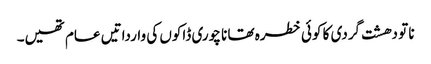
نا تو دھشت گردی کا کوئی خطرہ تھا نا چوری ڈاکوں کی وارداتیں عام تھیں۔